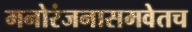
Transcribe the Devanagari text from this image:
मनोरंजनासमवेतच